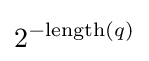
2^{-{\textrm {length}}(q)}